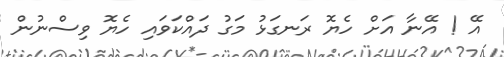
އޭ ! އޭނާ އަށް ހެޔޮ ރަނގަޅު މަގު ދައްކަވައި ހެޔޮ ވިސްނުން